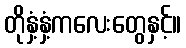
တိုနှံ့နှံ့ကလေးတွေနှင့်။